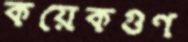
কয়েকগুণ